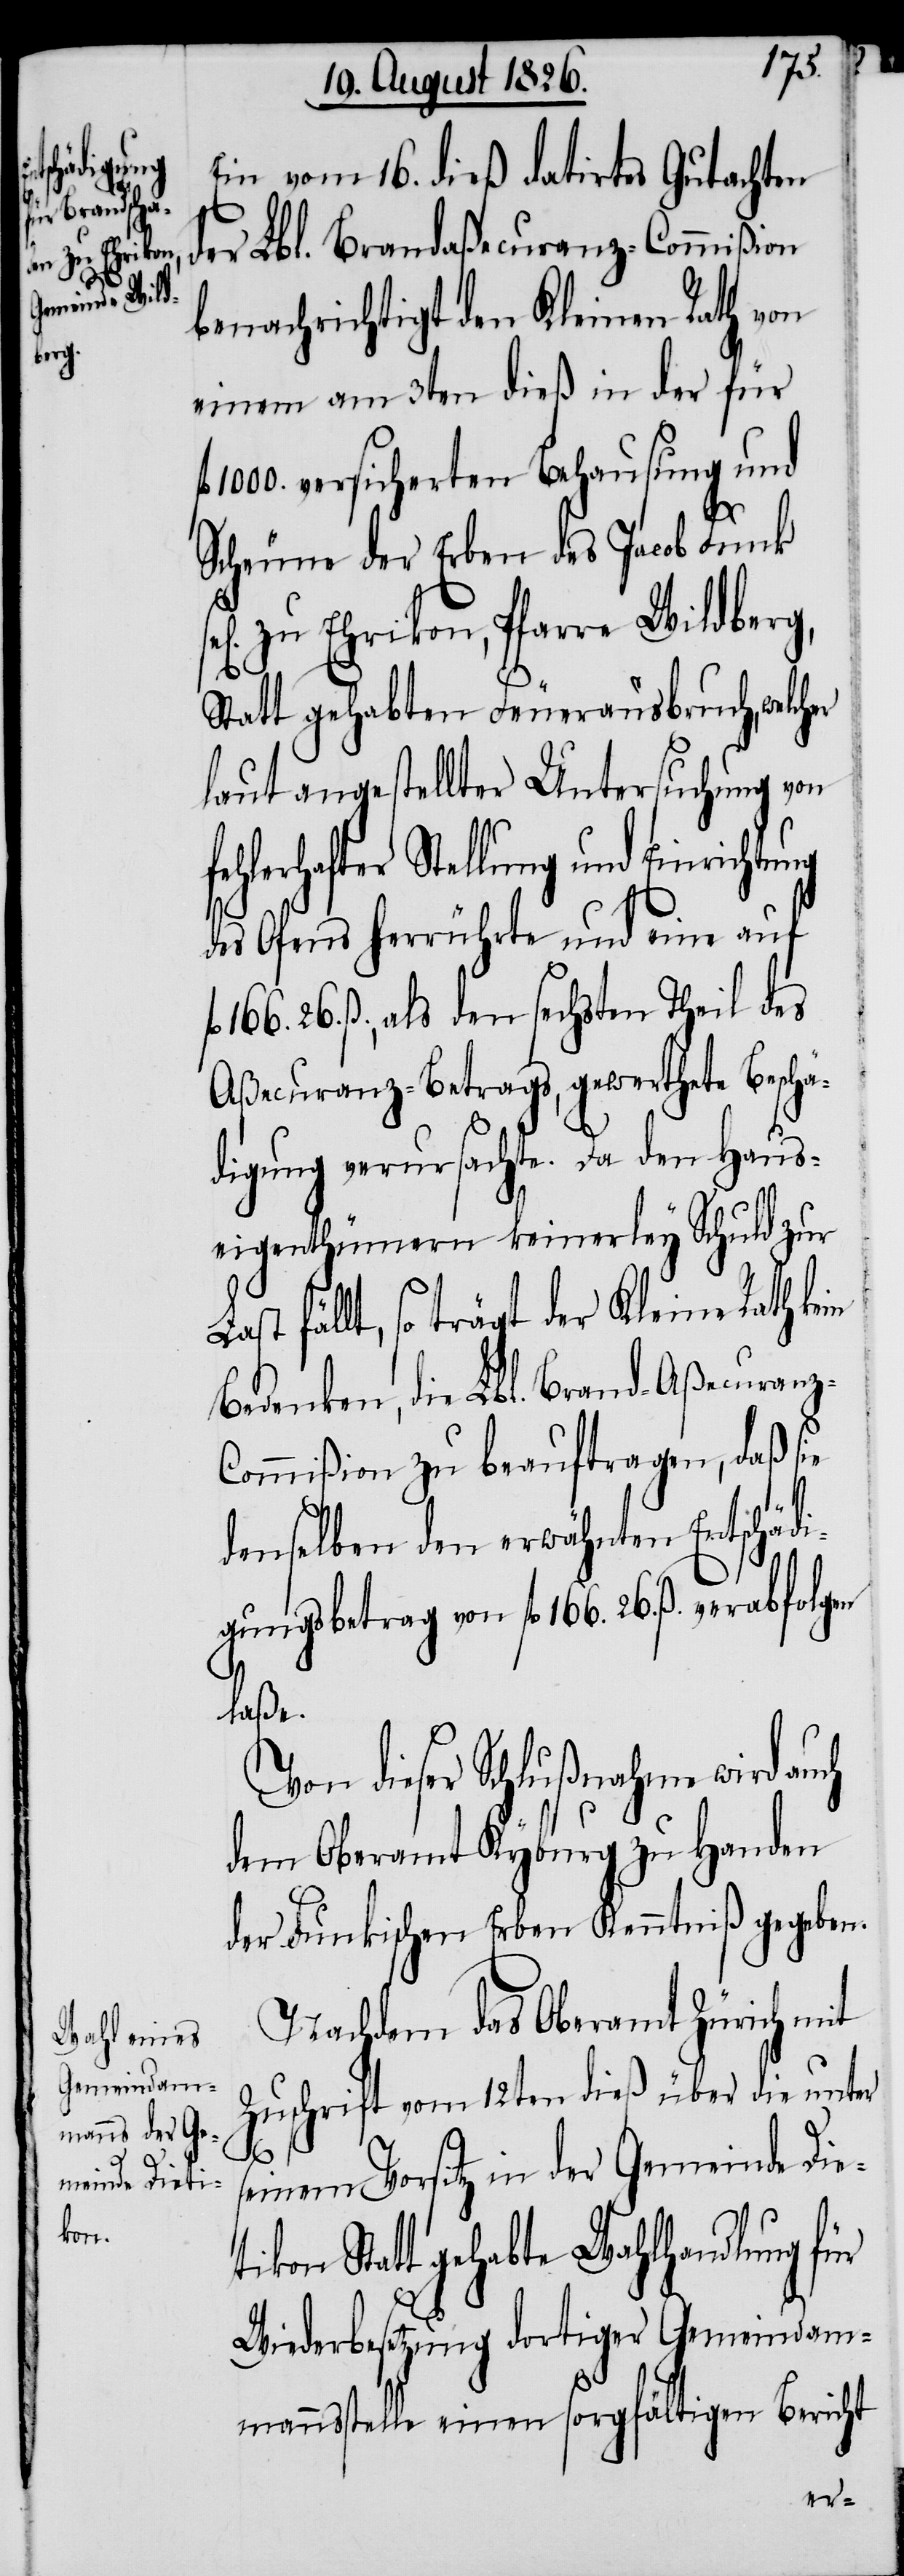
tikon
berg,

ch

Ein vom 16. dieß datirtes Gutachten
der Lbl. Brandaßecuranz-Commißion
benachrichtigt den Kleinen Rath von
einem am 3ten dieß in der für
1000. versicherten Behausung und
Scheunen der Erben des Jacob Funk
el. zu Ehrikon, Pfarre Wilden¬
Statt gehabten Feuerausbruch, welch¬
laut angestellter Untersuchung von
hafter Stellung und Einrichtung
des Ofens herrührte und eine auf
26. ß., als den sechsten Theil des
Aßecuranz-Betrags, gewerthete Beschä¬
digung verursachte. Da den Haus¬
eigenthümern keinerley Schuld zur
ast fällt, so trägt der Kleine Rath kein
Bedenken, die Lbl. Brand-Aßecuranz-C¬
ommißion zu beauftragen, daß sie
denselben den erwähnten Entschädi¬
gungsbetrag von fl. 166. 26. ß. verabfolgen
lasse.
Von dieser Schlußnahme wird au¬
dem Oberamt Kyburg zu Handen
der Funkischen Erben Kenntniß gegeben.
Nachdem das Oberamt Zürich mit
Zuschrift vom 12ten dieß über die unter
seinem Vorsitz in der Gemeinde Die¬
Statt gehabte Wahlhandlung für
Wiederbesetzung dortiger Gemeindam¬
mannsstelle einen sorgfältigen Bericht
er

L¬